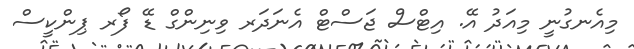
މިއެނގުނީ މިއަދު އޭ. އިޓްސް ޖަސްޓް އެނަދަރ ވިނިންގް ޑޭ ފޯރ ޕިންކީސް